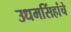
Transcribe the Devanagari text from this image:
उधमसिंहांचे